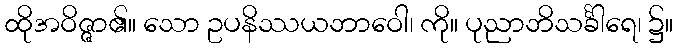
ထိုအဝိဇ္ဇာ၏။ သော ဥပနိဿယဘာဝေါ၊ ကို။ ပုညာဘိသင်္ခါရေ၊ ၌။